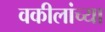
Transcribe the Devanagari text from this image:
वकीलांच्या